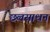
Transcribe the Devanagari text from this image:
छलसाधन